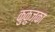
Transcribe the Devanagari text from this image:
कुकुज्का